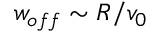
w _ { o f f } \sim R / v _ { 0 }